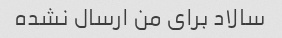
سالاد برای من ارسال نشده